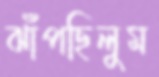
ঝাঁপছিলুম